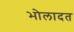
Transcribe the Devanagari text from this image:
भोलादत